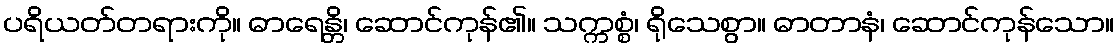
ပရိယတ်တရားကို။ ဓာရေန္တိ၊ ဆောင်ကုန်၏။ သက္ကစ္စံ၊ ရိုသေစွာ။ ဓာတာနံ၊ ဆောင်ကုန်သော။